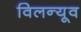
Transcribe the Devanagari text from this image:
विलन्यूव